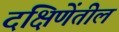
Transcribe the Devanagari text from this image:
दक्षिणेंतील